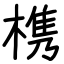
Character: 槜